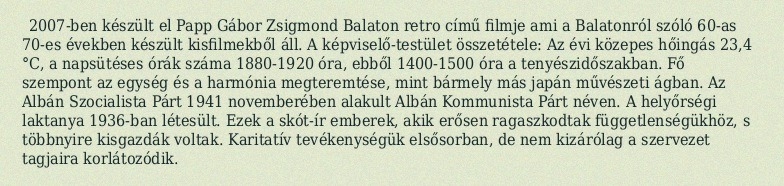
2007-ben készült el Papp Gábor Zsigmond Balaton retro című filmje ami a Balatonról szóló 60-as 70-es években készült kisfilmekből áll. A képviselő-testület összetétele: Az évi közepes hőingás 23,4 °C, a napsütéses órák száma 1880-1920 óra, ebből 1400-1500 óra a tenyészidőszakban. Fő szempont az egység és a harmónia megteremtése, mint bármely más japán művészeti ágban. Az Albán Szocialista Párt 1941 novemberében alakult Albán Kommunista Párt néven. A helyőrségi laktanya 1936-ban létesült. Ezek a skót-ír emberek, akik erősen ragaszkodtak függetlenségükhöz, s többnyire kisgazdák voltak. Karitatív tevékenységük elsősorban, de nem kizárólag a szervezet tagjaira korlátozódik.